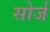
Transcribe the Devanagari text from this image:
सोर्ज